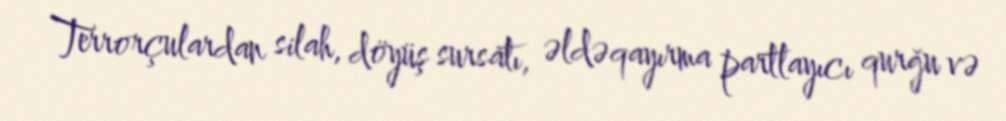
Terrorçulardan silah, döyüş sursatı, əldəqayırma partlayıcı qurğu və